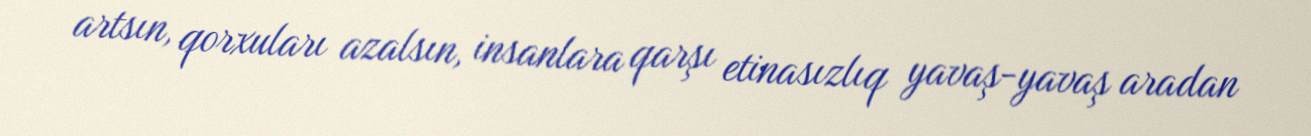
artsın, qorxuları azalsın, insanlara qarşı etinasızlıq yavaş-yavaş aradan